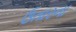
ઉતારના